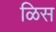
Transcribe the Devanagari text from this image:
ळिस